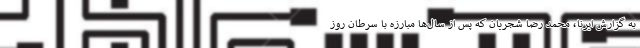
به گزارش ایرنا، محمد رضا شجریان که پس از سال‌ها مبارزه با سرطان روز